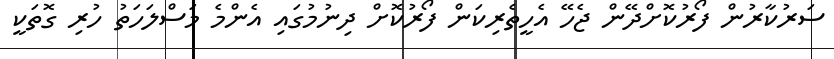
ސަރުކާރުން ފޯރުކޮށްދޭން ޖެހޭ އެހީތެރިކަން ފޯރުކޮށް ދިނުމުގައި އެންމެ މަސްލަހަތު ހުރި ގޮތަކީ